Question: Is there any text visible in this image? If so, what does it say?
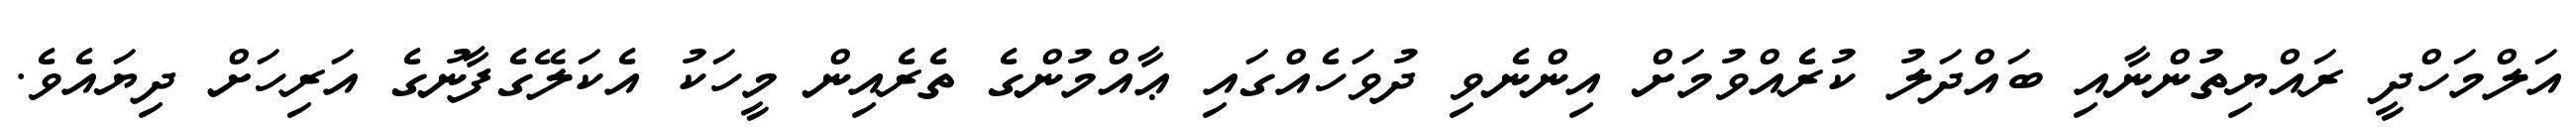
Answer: އަލްމަހްދީ ރައްޔިތުންނާއި ބައްދަލު ކުރެއްވުމަށް އިންނެވި ދުވަހެއްގައި ޢާއްމުންގެ ތެރެއިން މީހަކު އެކަލޭގެފާނުގެ އަރިހަށް ދިޔައެވެ.